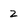
Character: 2